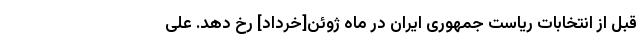
قبل از انتخابات ریاست جمهوری ایران در ماه ژوئن[خرداد] رخ دهد. علی